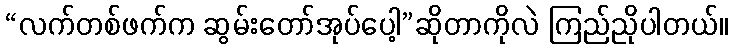
“လက်တစ်ဖက်က ဆွမ်းတော်အုပ်ပေါ့”ဆိုတာကိုလဲ ကြည်ညိုပါတယ်။